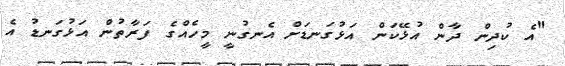
"އެ ކުދިން ދާން އުޅޭކަން އަޅުގަނޑަށް އެނގުނީ މީހެއްގެ ފަރާތުން އަޅުގަނޑު އެ